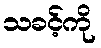
သခင့်ကို